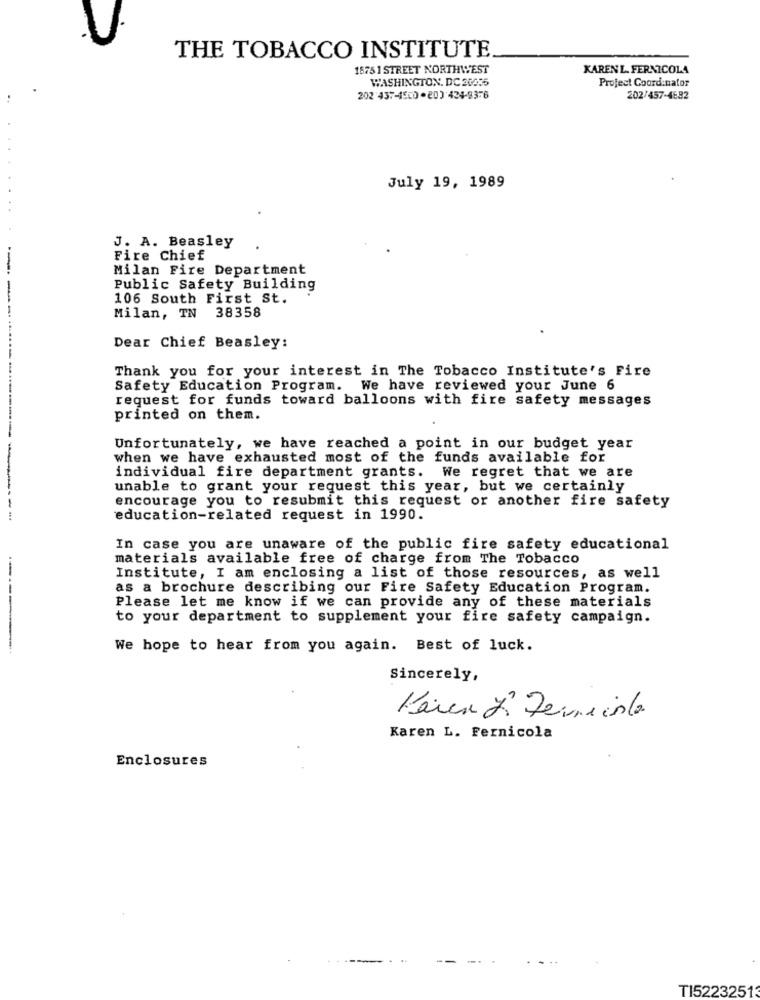
THE TOBACCO INSTITUTE
1575 1 STREET NORTHWEST
KARENL. FERNICOLA
WASHINGTON, DC 20835
Project Coordinator
202 437-4500*200 434-8376
202/457-4682
July 19, 1989
J. A. Beasley
Fire Chief
Milan Fire Department
Public Safety Building
106 South First St.
Milan, TN 38358
Dear Chief Beasley:
Thank you for your interest in The Tobacco Institute's Fire
Safety Education Program. We have reviewed your June 6
request for funds toward balloons with fire safety messages
printed on them.
Unfortunately, we have reached a point in our budget year
when we have exhausted most of the funds available for
individual fire department grants. We regret that we are
unable to grant your request this year, but we certainly
encourage you to resubmit this request or another fire safety
education-related request in 1990.
In case you are unaware of the public fire safety educational
materials available free of charge from The Tobacco
Institute, I am enclosing a list of those resources, as well
as a brochure describing our Fire Safety Education Program.
Please let me know if we can provide any of these materials
to your department to supplement your fire safety campaign.
We hope to hear from you again. Best of luck.
Sincerely,
Karen L' Ferneinte
Karen L. Fernicola
Enclosures
TI52232513